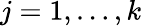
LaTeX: j=1,\dots,k